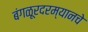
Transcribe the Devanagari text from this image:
बंगळूरदरम्यानचे